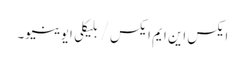
ایکس این ایم ایکس / بلیکلی ایوینیو۔